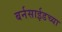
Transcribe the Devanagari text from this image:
बर्नसाईडच्या